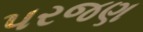
પરજણ